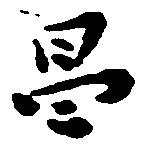
昌